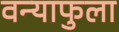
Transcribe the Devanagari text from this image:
वन्याफुला